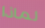
لماذا